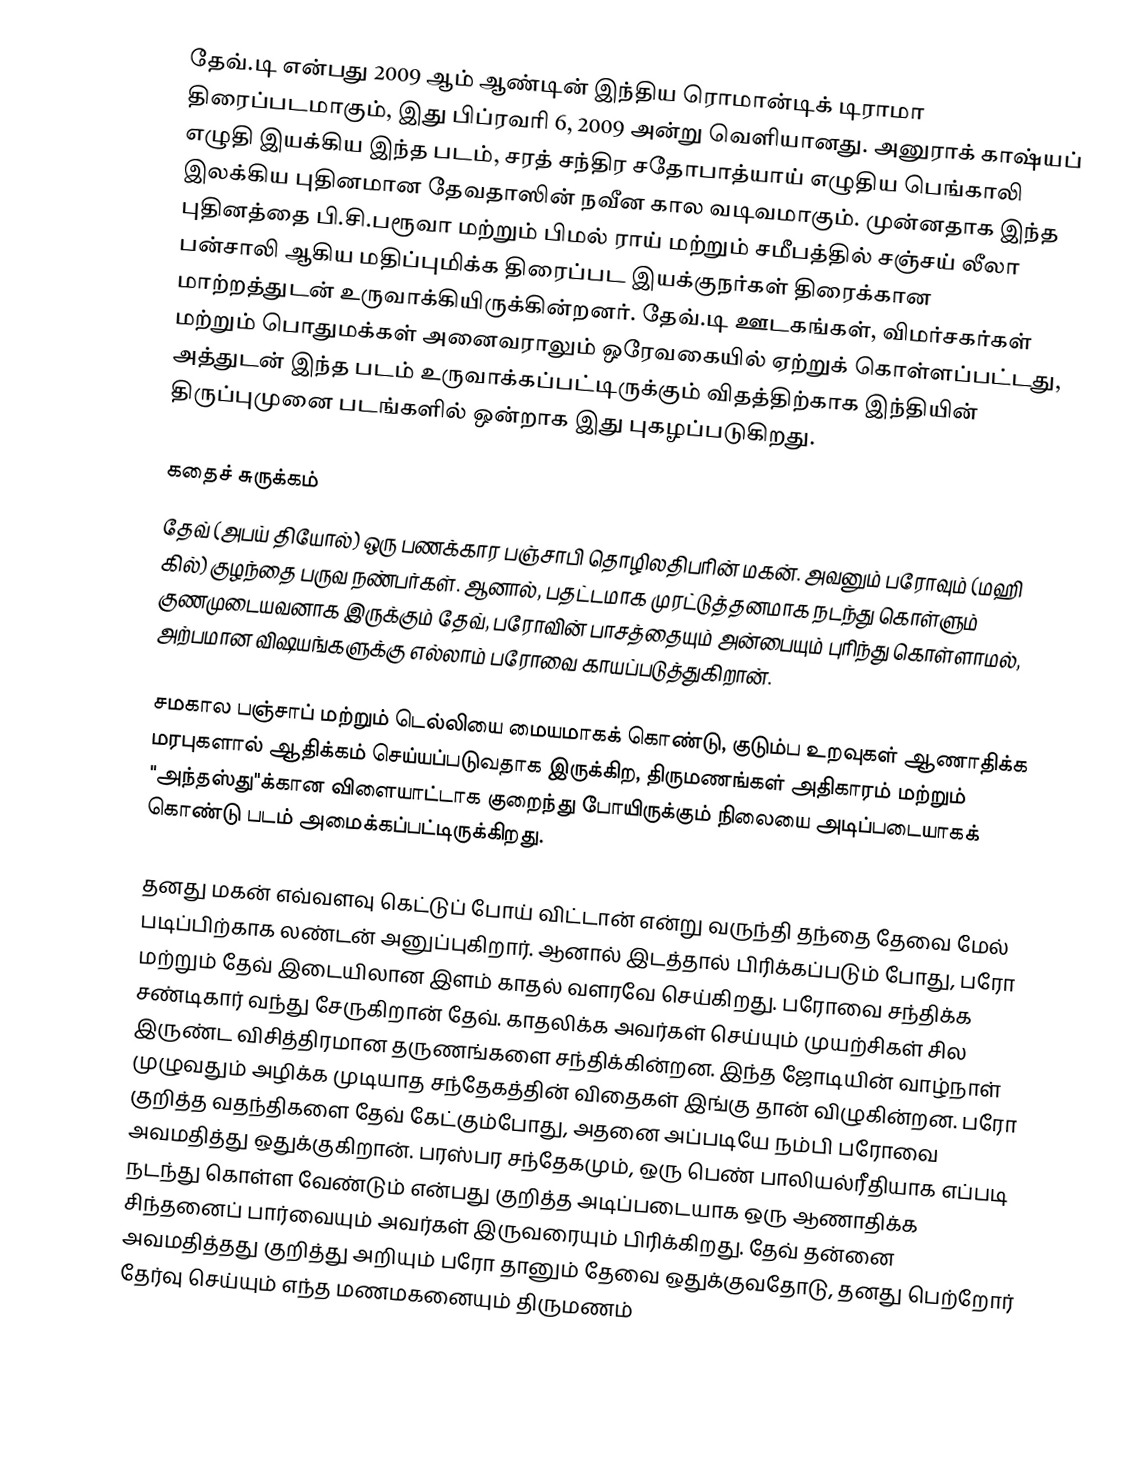
தேவ்.டி  என்பது 2009 ஆம் ஆண்டின் இந்திய ரொமான்டிக் டிராமா திரைப்படமாகும், இது பிப்ரவரி 6, 2009 அன்று வெளியானது. அனுராக் காஷ்யப் எழுதி இயக்கிய இந்த படம், சரத் சந்திர சதோபாத்யாய் எழுதிய பெங்காலி இலக்கிய புதினமான தேவதாஸின் நவீன கால வடிவமாகும். முன்னதாக இந்த புதினத்தை பி.சி.பரூவா மற்றும் பிமல் ராய் மற்றும் சமீபத்தில் சஞ்சய் லீலா பன்சாலி ஆகிய மதிப்புமிக்க திரைப்பட இயக்குநர்கள் திரைக்கான மாற்றத்துடன் உருவாக்கியிருக்கின்றனர். தேவ்.டி ஊடகங்கள், விமர்சகர்கள் மற்றும் பொதுமக்கள் அனைவராலும் ஒரேவகையில் ஏற்றுக் கொள்ளப்பட்டது, அத்துடன் இந்த படம் உருவாக்கப்பட்டிருக்கும் விதத்திற்காக இந்தியின் திருப்புமுனை படங்களில் ஒன்றாக இது புகழப்படுகிறது.

கதைச் சுருக்கம்
தேவ் (அபய் தியோல்) ஒரு பணக்கார பஞ்சாபி தொழிலதிபரின் மகன். அவனும் பரோவும் (மஹி கில்) குழந்தை பருவ நண்பர்கள். ஆனால், பதட்டமாக முரட்டுத்தனமாக நடந்து கொள்ளும் குணமுடையவனாக இருக்கும் தேவ், பரோவின் பாசத்தையும் அன்பையும் புரிந்து கொள்ளாமல், அற்பமான விஷயங்களுக்கு எல்லாம் பரோவை காயப்படுத்துகிறான்.

சமகால பஞ்சாப் மற்றும் டெல்லியை மையமாகக் கொண்டு, குடும்ப உறவுகள் ஆணாதிக்க மரபுகளால் ஆதிக்கம் செய்யப்படுவதாக இருக்கிற, திருமணங்கள் அதிகாரம் மற்றும் "அந்தஸ்து"க்கான விளையாட்டாக குறைந்து போயிருக்கும் நிலையை அடிப்படையாகக் கொண்டு படம் அமைக்கப்பட்டிருக்கிறது.

தனது மகன் எவ்வளவு கெட்டுப் போய் விட்டான் என்று வருந்தி தந்தை தேவை மேல் படிப்பிற்காக லண்டன் அனுப்புகிறார். ஆனால் இடத்தால் பிரிக்கப்படும் போது, பரோ மற்றும் தேவ் இடையிலான இளம் காதல் வளரவே செய்கிறது. பரோவை சந்திக்க சண்டிகார் வந்து சேருகிறான் தேவ். காதலிக்க அவர்கள் செய்யும் முயற்சிகள் சில இருண்ட விசித்திரமான தருணங்களை சந்திக்கின்றன. இந்த ஜோடியின் வாழ்நாள் முழுவதும் அழிக்க முடியாத சந்தேகத்தின் விதைகள் இங்கு தான் விழுகின்றன. பரோ குறித்த வதந்திகளை தேவ் கேட்கும்போது, அதனை அப்படியே நம்பி பரோவை அவமதித்து ஒதுக்குகிறான். பரஸ்பர சந்தேகமும், ஒரு பெண் பாலியல்ரீதியாக எப்படி நடந்து கொள்ள வேண்டும் என்பது குறித்த அடிப்படையாக ஒரு ஆணாதிக்க சிந்தனைப் பார்வையும் அவர்கள் இருவரையும் பிரிக்கிறது. தேவ் தன்னை அவமதித்தது குறித்து அறியும் பரோ தானும் தேவை ஒதுக்குவதோடு, தனது பெற்றோர் தேர்வு செய்யும் எந்த மணமகனையும் திருமணம்